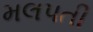
મલપતી